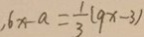
6 x - a = \frac { 1 } { 3 } ( 9 x - 3 )